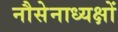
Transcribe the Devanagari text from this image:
नौसेनाध्यक्षों